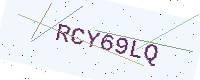
Text: RCY69LQ